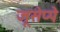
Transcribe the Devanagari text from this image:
जूसेप्पे